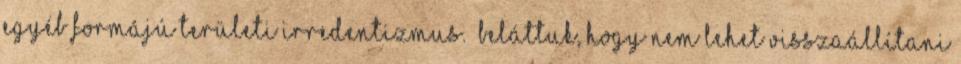
egyéb formájú területi irredentizmus. „Beláttuk, hogy nem lehet visszaállítani